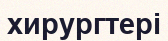
хирургтері